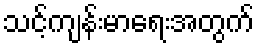
သင့်ကျန်းမာရေးအတွက်